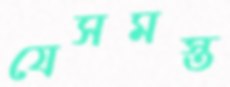
যেসমস্ত